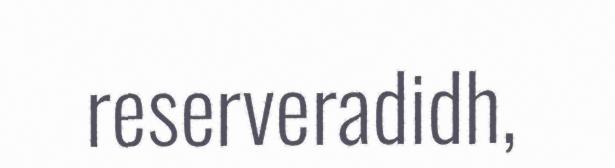
reserveradidh,